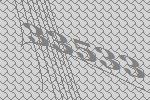
33533